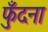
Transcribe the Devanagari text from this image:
फुँदना